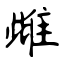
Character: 雌